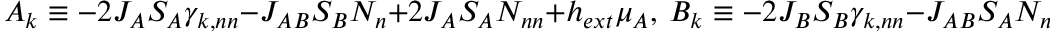
A _ { k } \equiv - 2 J _ { A } S _ { A } { \gamma } _ { k , n n } - J _ { A B } S _ { B } N _ { n } + 2 J _ { A } S _ { A } N _ { n n } + h _ { e x t } { \mu } _ { A } , \ B _ { k } \equiv - 2 J _ { B } S _ { B } { \gamma } _ { k , n n } - J _ { A B } S _ { A } N _ { n } + 2 J _ { B } S _ { B } N _ { n n } - h _ { e x t } { \mu } _ { B } , \ C _ { k } \equiv - J _ { A B } \sqrt { S _ { A } S _ { B } } { \gamma } _ { k , n }